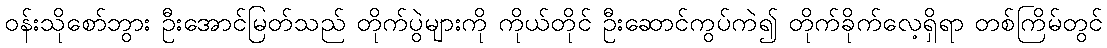
ဝန်းသိုစော်ဘွား ဦးအောင်မြတ်သည် တိုက်ပွဲများကို ကိုယ်တိုင် ဦးဆောင်ကွပ်ကဲ၍ တိုက်ခိုက်လေ့ရှိရာ တစ်ကြိမ်တွင်